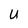
Character: U